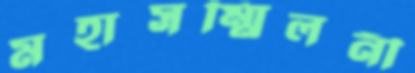
মহাসম্মিলনী